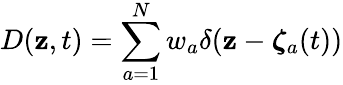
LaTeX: D({\mathbf{z}},t)=\sum_{a=1}^{N}w_{a}\delta({\mathbf{z}}-{\boldsymbol{\zeta}}_{a}(t))